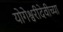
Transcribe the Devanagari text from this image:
योगेश्वरीदेवीच्या